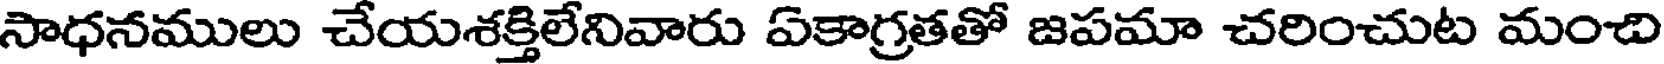
సాధనములు చేయశక్తిలేనివారు ఏకాగ్రతతో జపమా చరించుట మంచి